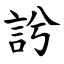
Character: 䚷